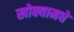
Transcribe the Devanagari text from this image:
खोक्यामधे